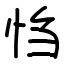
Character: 㤘